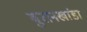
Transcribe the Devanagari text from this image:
बुरानखांडा